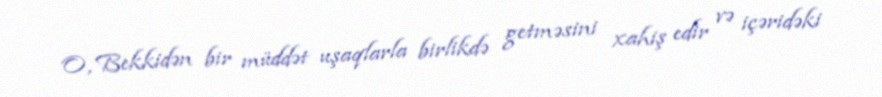
O, Bekkidən bir müddət uşaqlarla birlikdə getməsini xahiş edir və içəridəki